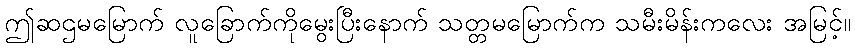
ဤဆဌမမြောက် လူခြောက်ကိုမွေးပြီးနောက် သတ္တမမြောက်က သမီးမိန်းကလေး အမြင့်။